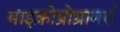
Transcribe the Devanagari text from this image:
माइक्रोप्रोग्रामर्स